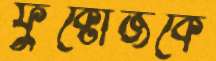
ফ্রুক্টোজকে